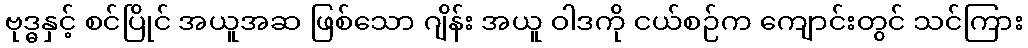
ဗုဒ္ဓနှင့် စင်ပြိုင် အယူအဆ ဖြစ်သော ဂျိန်း အယူ ဝါဒကို ငယ်စဉ်က ကျောင်းတွင် သင်ကြား